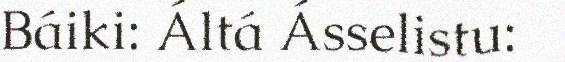
Báiki: Áltá Ásselistu: